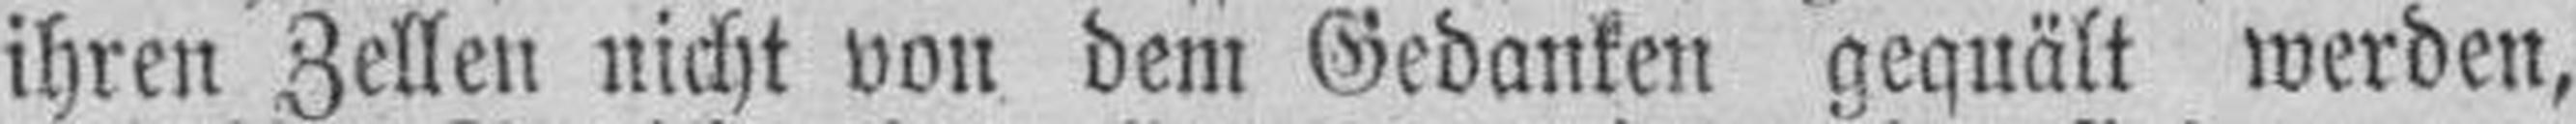
ihren Zellen nicht von dem Gedanken gequält werden,